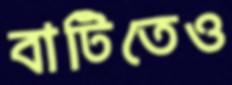
বাটিতেও